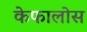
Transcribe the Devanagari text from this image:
केफालोस